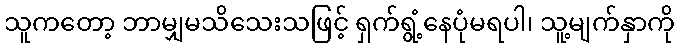
သူကတော့ ဘာမျှမသိသေးသဖြင့် ရှက်ရွံ့နေပုံမရပါ၊ သူ့မျက်နှာကို